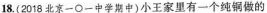
18.(2018北京一○一中学期中)小王家里有一个纯铜做的